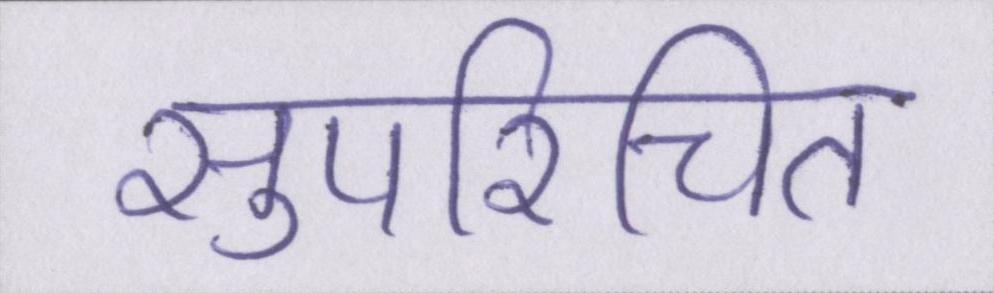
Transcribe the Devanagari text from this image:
सुपरिचित